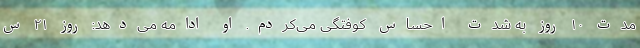
مدت ۱۰ روز به شدت احساس کوفتگی می‌کردم. او ادامه می‌دهد: روز ۲۱ س